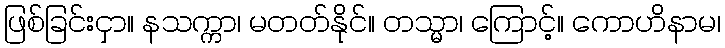
ဖြစ်ခြင်းငှာ။ နသက္ကာ၊ မတတ်နိုင်။ တသ္မာ၊ ကြောင့်။ ကောဟိနာမ၊